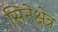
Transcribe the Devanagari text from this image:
सिनेक्षेत्र